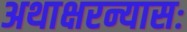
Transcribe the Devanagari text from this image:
अथाक्षरन्यासः